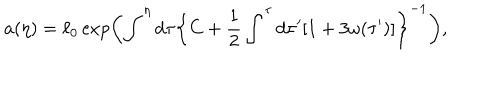
LaTeX: a ( \eta ) = \ell _ { 0 } \exp \biggl ( \int ^ { \eta } \mathrm { d } \tau \biggl \{ C + \frac { 1 } { 2 } \int ^ { \tau } \mathrm { d } \tau ^ { \prime } [ 1 + 3 \omega ( \tau ^ { \prime } ) ] \biggr \} ^ { - 1 } \biggr ) ,